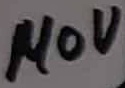
Text: 140V